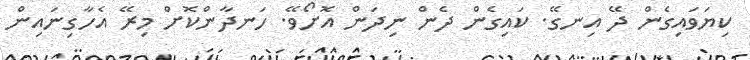
ކިޔަވައިގެން ދޭ އިނގޭ. ކައިގެން ދެން ނިދަން އޮށޯވޭ. ހަނދާންކޮށް މިރޭ އެހާގިނައިން